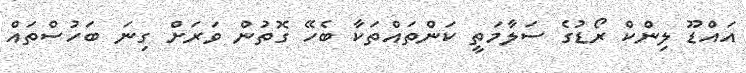
އައްޑޫ ލިންކް ރޯޑުގެ ސަލާމަތީ ކަންތައްތަކާ ބެހޭ ގޮތުން ވަރަށް ގިނަ ބަހުސްތައް